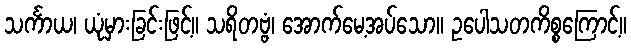
သင်္ကာယ၊ ယုံမှားခြင်းဖြင့်။ သရိတဗ္ဗံ၊ အောက်မေ့အပ်သော။ ဥပေါသတကိစ္စကြောင့်။